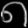
Digit: ၈